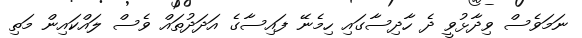
ނަމަވެސް ވިދާޅުވީ ދެ ހާދިސާގައި ހިމެނޭ ފައިސާގެ އަދަދުތައް ވެސް ލައްކައިން މަތި